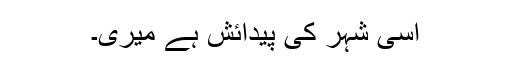
اسی شہر کی پیدائش ہے میری۔